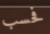
فحسب